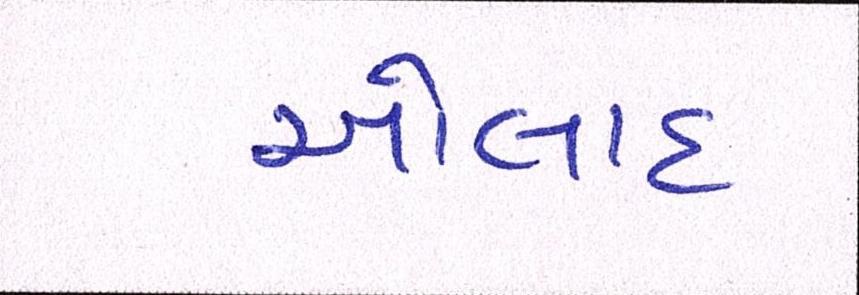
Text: ઓલાદ